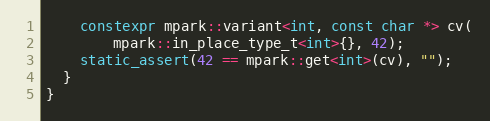
Language: C++
    constexpr mpark::variant<int, const char *> cv(
        mpark::in_place_type_t<int>{}, 42);
    static_assert(42 == mpark::get<int>(cv), "");
  }
}